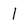
Character: 1